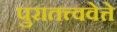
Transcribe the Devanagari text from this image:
पुरातत्त्ववेत्ते